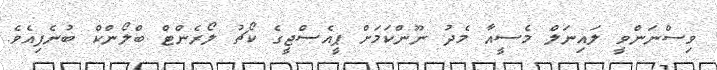
ވިސްނަންވީ ލައިނަލް މެސީއާ މެދު ނޫންކަމަށް ޕީއެސްޖީގެ ކޯޗު ލޯރެންޓް ބްލޯންކް ބުނެފިއެވެ.